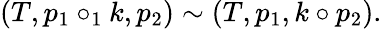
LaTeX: (T,p_{1}\circ_{1}k,p_{2})\sim(T,p_{1},k\circ p_{2}).